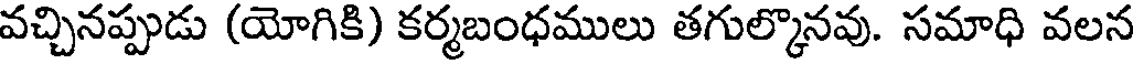
వచ్చినప్పుడు (యోగికి) కర్మబంధములు తగుల్కొనవు. సమాధి వలన